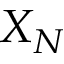
X _ { N }